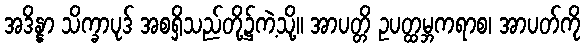
အဒိန္နာ သိက္ခာပုဒ် အစရှိသည်တို့၌ကဲ့သို့။ အာပတ္တိ ဥပတ္ထမ္ဘကရာစ၊ အာပတ်ကို